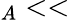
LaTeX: _A<<